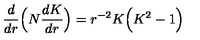
\frac { d } { d r } \Bigl ( N \frac { d K } { d r } \Bigr ) = r ^ { - 2 } K \Bigl ( K ^ { 2 } - 1 \Bigr )